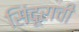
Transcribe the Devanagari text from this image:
सिंदूराची